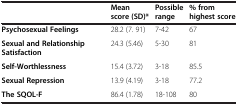
<table><thead><tr><td>[EMPTY_CELL]</td><td><b>Mean score (SD)*</b></td><td><b>Possible range</b></td><td><b>% from highest score</b></td></tr></thead><tbody><tr><td><b>Psychosexual Feelings</b></td><td>28.2 (7. 91)</td><td>7-42</td><td>67</td></tr><tr><td><b>Sexual and Relationship Satisfaction</b></td><td>24.3 (5.46)</td><td>5-30</td><td>81</td></tr><tr><td><b>Self-Worthlessness</b></td><td>15.4 (3.72)</td><td>3-18</td><td>85.5</td></tr><tr><td><b>Sexual Repression</b></td><td>13.9 (4.19)</td><td>3-18</td><td>77.2</td></tr><tr><td><b>The SQOL-F</b></td><td>86.4 (1.78)</td><td>18-108</td><td>80</td></tr></tbody></table>